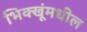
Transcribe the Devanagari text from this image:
भिक्खूंमधील